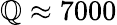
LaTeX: \mathbb{Q}\approx7000